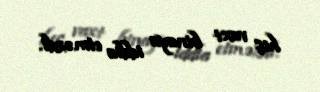
heç vaxt binaya iddia etməzdi.